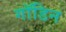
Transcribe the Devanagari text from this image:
गॉडिन